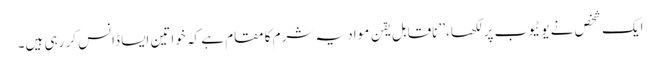
ایک شخص نے یوٹیوب پر لکھا،’’ ناقابل یقن مواد یہ شرم کا مقام ہے کہ خواتین ایسا ڈانس کر رہی ہیں۔